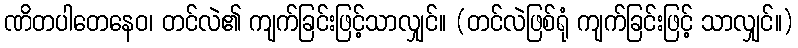
ဏိတပါတေနေဝ၊ တင်လဲ၏ ကျက်ခြင်းဖြင့်သာလျှင်။ (တင်လဲဖြစ်ရုံ ကျက်ခြင်းဖြင့် သာလျှင်။)